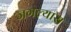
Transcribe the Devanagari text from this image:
जगल्यास